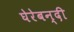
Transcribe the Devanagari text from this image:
घेरेबन्दी